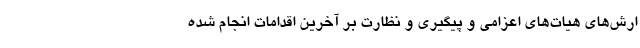
ارش‌های هیات‌های اعزامی و پیگیری و نظارت بر آخرین اقدامات انجام شده